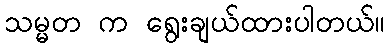
သမ္မတ က ရွေးချယ်ထားပါတယ်။